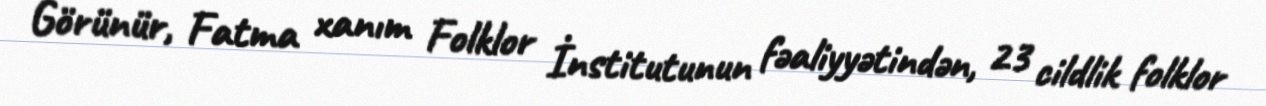
Görünür, Fatma xanım Folklor İnstitutunun fəaliyyətindən, 23 cildlik folklor